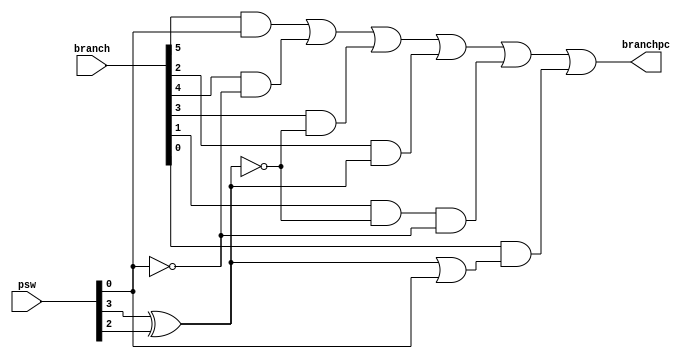
module MultiBranch(
    input wire [5:0] branch,
    input wire [3:0] psw,
    output wire branchpc
);
    assign branchpc = (branch[5] & psw[0]) | (branch[4] & ~psw[0]) | (branch[3] & ~(psw[3] ^ psw[2])) | (branch[2] & (psw[3] ^ psw[2])) |
                      (branch[1] & ~(psw[3] ^ psw[2]) & ~psw[0]) | (branch[0] & ((psw[3] ^ psw[2]) | psw[0]));
endmodule